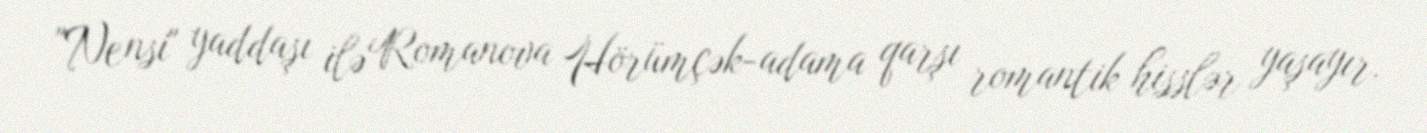
"Nensi" yaddaşı ilə Romanova Hörümçək-adama qarşı romantik hisslər yaşayır.